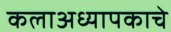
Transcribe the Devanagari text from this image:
कलाअध्यापकाचे